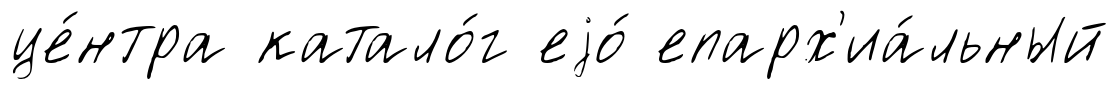
це́нтра катало́г еjо́ епарх'иа́льный